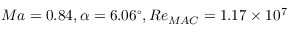
M a = 0 . 8 4 , \alpha = 6 . 0 6 ^ { \circ } , R e _ { M A C } = 1 . 1 7 \times { 1 0 ^ { 7 } }